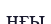
ңғы